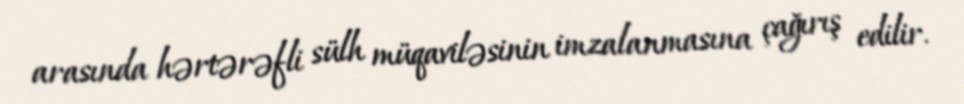
arasında hərtərəfli sülh müqaviləsinin imzalanmasına çağırış edilir.